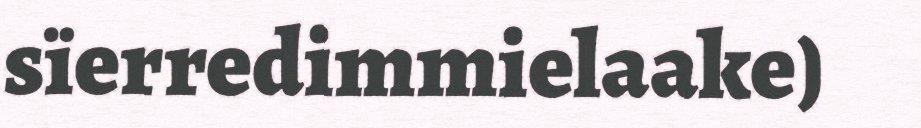
sïerredimmielaake)